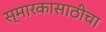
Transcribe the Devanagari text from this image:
स्मारकासाठीचा